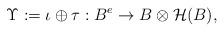
LaTeX: \begin{align*}\Upsilon:=\iota\oplus \tau: B^e\rightarrow B\otimes \mathcal{H}(B),\end{align*}